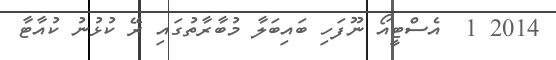
2014 1  އެސްޓީއޯ ނޫފަހި ބައިބަލާ މުބާރާތުގައި ރޭ ކުޅުނު ކުއާޓާ